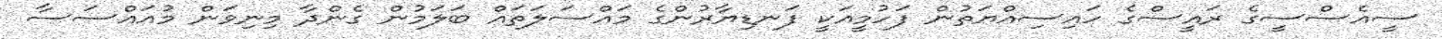
ސީއެސްސީގެ ރައީސްގެ ހައިސިއްޔަތުން ފަހުމީއަކީ ފަނޑިޔާރުންގެ މައްސަލަތައް ބަލަމުން ގެންދާ މިނިވަން މުއައްސަސާ